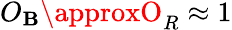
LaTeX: O_{\mathbf{B}}\approxO_{R}\approx1